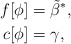
\begin{align*}f[\phi] &= \tilde{\beta}^* , \\c[\phi] &= \gamma ,\end{align*}